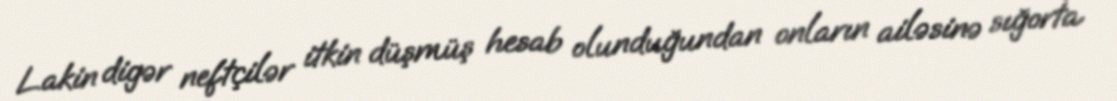
Lakin digər neftçilər itkin düşmüş hesab olunduğundan onların ailəsinə sığorta